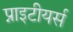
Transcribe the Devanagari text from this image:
प्नाइटीयर्स